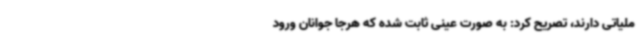
ملیاتی دارند، تصریح کرد: به صورت عینی ثابت شده که هرجا جوانان ورود